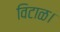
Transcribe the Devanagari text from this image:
विटाळ।